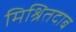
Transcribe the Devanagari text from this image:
मिश्रितदाब